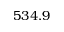
5 3 4 . 9